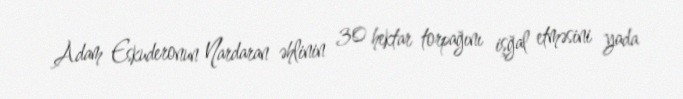
Adam Eskuderonun Nardaran əhlinin 30 hektar torpağını işğal etməsini yada